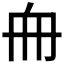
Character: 𠂨